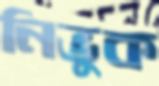
নিভুক